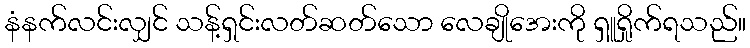
နံနက်လင်းလျှင် သန့်ရှင်းလတ်ဆတ်သော လေချိုအေးကို ရှူရှိုက်ရသည်။